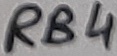
Text: RB4